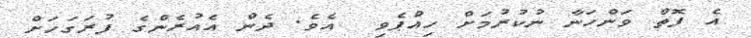
އެ ފޮތް ވަންހަނާ ނުކުރުމަށް ހިއްޕެވި  އެވެ. ދެން އެއުރެންގެ ފުރަގަހަށް